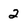
Character: 2